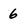
Character: 6